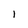
Character: 1